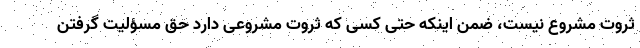
ثروت مشروع نیست، ضمن اینکه حتی کسی که ثروت مشروعی دارد حق مسؤلیت گرفتن